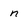
Character: n